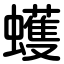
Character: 蠖